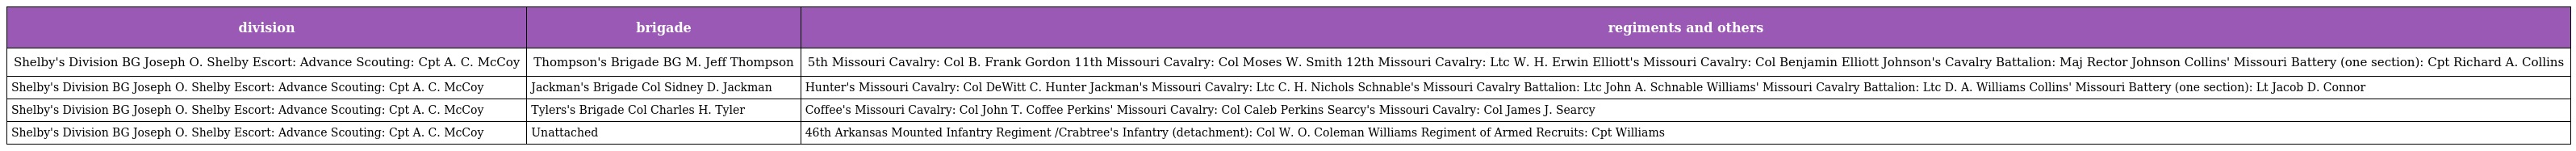
| division | brigade | regiments and others |
 | --- | --- | --- |
 | Shelby's Division BG Joseph O. Shelby Escort: Advance Scouting: Cpt A. C. McCoy | Thompson's Brigade BG M. Jeff Thompson | 5th Missouri Cavalry: Col B. Frank Gordon 11th Missouri Cavalry: Col Moses W. Smith 12th Missouri Cavalry: Ltc W. H. Erwin Elliott's Missouri Cavalry: Col Benjamin Elliott Johnson's Cavalry Battalion: Maj Rector Johnson Collins' Missouri Battery (one section): Cpt Richard A. Collins |
 | Shelby's Division BG Joseph O. Shelby Escort: Advance Scouting: Cpt A. C. McCoy | Jackman's Brigade Col Sidney D. Jackman | Hunter's Missouri Cavalry: Col DeWitt C. Hunter Jackman's Missouri Cavalry: Ltc C. H. Nichols Schnable's Missouri Cavalry Battalion: Ltc John A. Schnable Williams' Missouri Cavalry Battalion: Ltc D. A. Williams Collins' Missouri Battery (one section): Lt Jacob D. Connor |
 | Shelby's Division BG Joseph O. Shelby Escort: Advance Scouting: Cpt A. C. McCoy | Tylers's Brigade Col Charles H. Tyler | Coffee's Missouri Cavalry: Col John T. Coffee Perkins' Missouri Cavalry: Col Caleb Perkins Searcy's Missouri Cavalry: Col James J. Searcy |
 | Shelby's Division BG Joseph O. Shelby Escort: Advance Scouting: Cpt A. C. McCoy | Unattached | 46th Arkansas Mounted Infantry Regiment /Crabtree's Infantry (detachment): Col W. O. Coleman Williams Regiment of Armed Recruits: Cpt Williams |